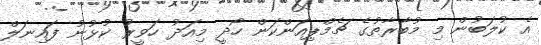
އެ ކުލަބުން މި މުބާރާތުގެ ޗެމްޕިއަންކަން ހޯދީ މިއަދު ހަވީރު ކުޅުނު ފައިނަލް